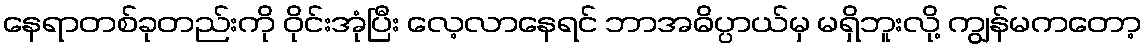
နေရာတစ်ခုတည်းကို ဝိုင်းအုံပြီး လေ့လာနေရင် ဘာအဓိပ္ပာယ်မှ မရှိဘူးလို့ ကျွန်မကတော့